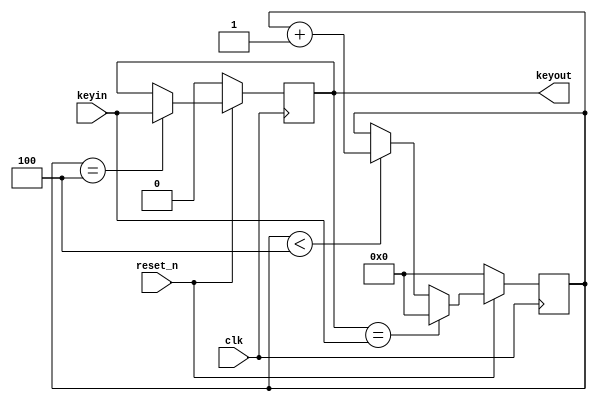
module wire_qudou (
	input clk,keyin,reset_n,
	output keyout
);

	reg [3:0] state;
	reg keynow;
	
	always @(posedge clk)
		if (!reset_n)
			state <= 4'd0;
		else if (keynow == keyin)//
			state <= 4'd0;
		else if (state<4'd4)//
			state <= state + 4'd1;
		else//state
			state <= state;
	
	always @(posedge clk)
		if (!reset_n)
			keynow <= 1'd0;
		else if (state==4'd4)
			keynow <= keyin;
		else
			keynow <= keynow;
	assign keyout = keynow;
endmodule